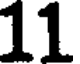
11